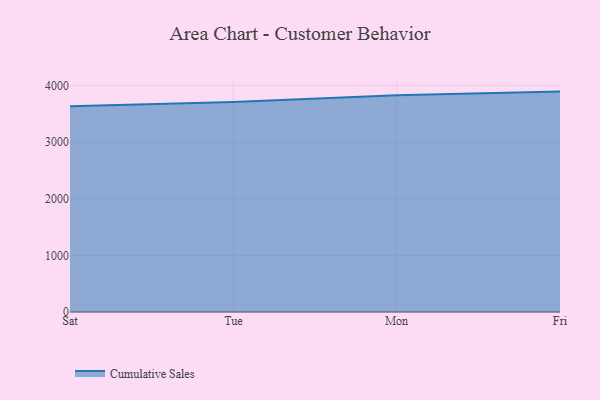
{"axis": {"x": "Day", "y": "Satisfaction Score"}, "legend": ["Cumulative Sales"], "data": [{"x": "Sat", "y": 3633.3, "type": "Cumulative Sales"}, {"x": "Tue", "y": 3708.2, "type": "Cumulative Sales"}, {"x": "Mon", "y": 3828.8, "type": "Cumulative Sales"}, {"x": "Fri", "y": 3891.6, "type": "Cumulative Sales"}]}